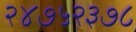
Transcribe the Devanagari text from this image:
२४७५२३७८